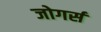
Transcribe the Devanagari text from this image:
जोगर्स